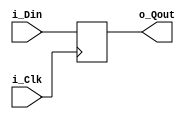
// The MIT License (MIT)
// Copyright  2023 <copyright C.W.>

// Permission is hereby granted, free of charge, to any person obtaining a copy of this software
// and associated documentation files (the Software), to deal in the Software withOut restriction,
// including withOut limitation the rights to use, copy, modify, merge, publish, distribute, sublicense,
// and/or sell copies of the Software, and to permit persons to whom the Software is furnished to do so, subject to the following conditions:

// The above copyright notice and this permission notice shall be included in all copies or substantial portions of the Software.

// THE SOFTWARE IS PROVIDED AS IS, WITHOut WARRANTY OF ANY KIND, EXPRESS OR IMPLIED, 
// INCLUDING BUT NOT LIMITED TO THE WARRANTIES OF MERCHANTABILITY, FITNESS FOR A PARTICULAR PURPOSE AND NONINFRINGEMENT. 
// IN NO EVENT SHALL THE AUTHORS OR COPYRIGHT HOLDERS BE LIABLE FOR ANY CLAIM, DAMAGES OR OTHER LIABILITY, 
// WHETHER IN AN ACTION OF CONTRACT, TORT OR OTHERWISE, ARISING FROM, 
// Out OF OR IN CONNECTION WITH THE SOFTWARE OR THE USE OR OTHER DEALINGS IN THE SOFTWARE.


module CW_DFF ( i_Clk , i_Din , o_Qout );
	
    parameter n = 4;  
	
    input   i_Clk;
	input   [ n -1 :0 ]  i_Din;
	output  [ n -1 :0 ]  o_Qout;
	
    reg     [ n -1 :0 ]  o_Qout;
	
	always @ ( posedge i_Clk )
    
		o_Qout <= i_Din;
        
endmodule